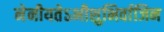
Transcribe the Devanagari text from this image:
नेनीयतेऽभीशुभिर्वाजिन